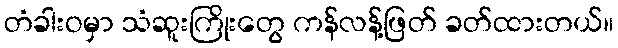
တံခါးဝမှာ သံဆူးကြိုးတွေ ကန်လန့်ဖြတ် ခတ်ထားတယ်။